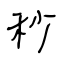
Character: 秒